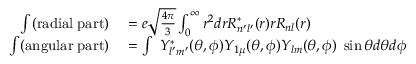
\begin{array} { r l } { \int ( \mathrm { r a d i a l \; p a r t ) } } & { { } = e \sqrt { \frac { 4 \pi } { 3 } } \int _ { 0 } ^ { \infty } r ^ { 2 } d r R _ { n ^ { \prime } l ^ { \prime } } ^ { * } ( r ) r R _ { n l } ( r ) } \\ { \int ( \mathrm { a n g u l a r \; p a r t ) } } & { { } = \int \; Y _ { l ^ { \prime } m ^ { \prime } } ^ { * } ( \theta , \phi ) Y _ { 1 \mu } ( \theta , \phi ) Y _ { l m } ( \theta , \phi ) \; \sin \theta d \theta d \phi } \end{array}